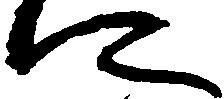
に